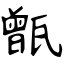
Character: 甑